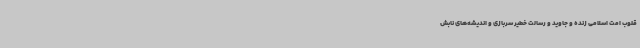
قلوب امت اسلامی زنده و جاوید و رسالت خطیر سربازی و اندیشه‌های نابش